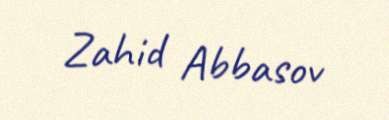
Zahid Abbasov